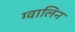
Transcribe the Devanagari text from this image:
ग्वालिन